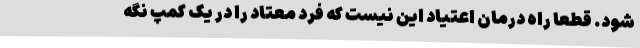
شود. قطعا راه درمان اعتیاد این نیست که فرد معتاد را در یک کمپ نگه